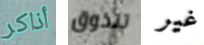
أذاكر تتذوق غير